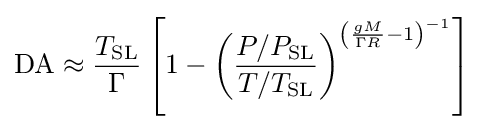
{\text{DA}}\approx {\frac {T_{\text{SL}}}{\Gamma }}\left[1-\left({\frac {P/P_{\text{SL}}}{T/T_{\text{SL}}}}\right)^{\left({\frac {gM}{\Gamma R}}-1\right)^{-1}}\right]